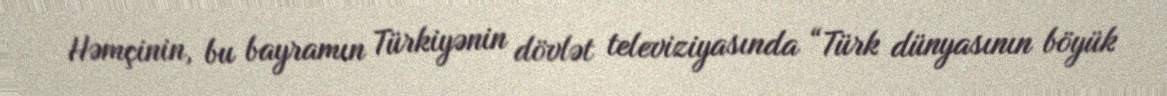
Həmçinin, bu bayramın Türkiyənin dövlət televiziyasında “Türk dünyasının böyük